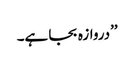
’’دروازہ بجا ہے۔